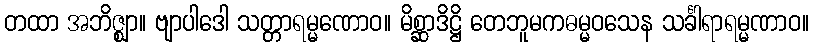
တထာ အဘိဇ္ဈာ။ ဗျာပါဒေါ သတ္တာရမ္မဏောဝ။ မိစ္ဆာဒိဋ္ဌိ တေဘူမကဓမ္မဝသေန သင်္ခါရာရမ္မဏာဝ။